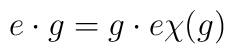
e\cdot g= g\cdot e \chi(g)